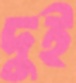
দুই